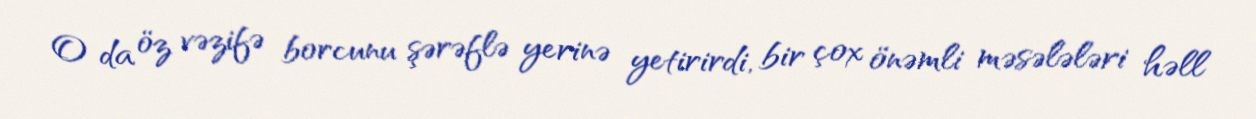
O da öz vəzifə borcunu şərəflə yerinə yetirirdi, bir çox önəmli məsələləri həll